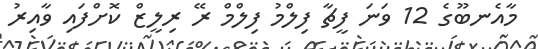
މާއެނބޫގެ 12 ވަނަ ފީޗާ ފިލްމު ފިލްމް ރޭ ރިލީޒް ކޮށްފައި ވާއިރު